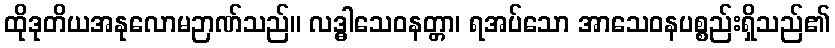
ထိုဒုတိယအနုလောမဉာဏ်သည်။ လဒ္ဓါသေဝနတ္တာ၊ ရအပ်သော အာသေဝနပစ္စည်းရှိသည်၏